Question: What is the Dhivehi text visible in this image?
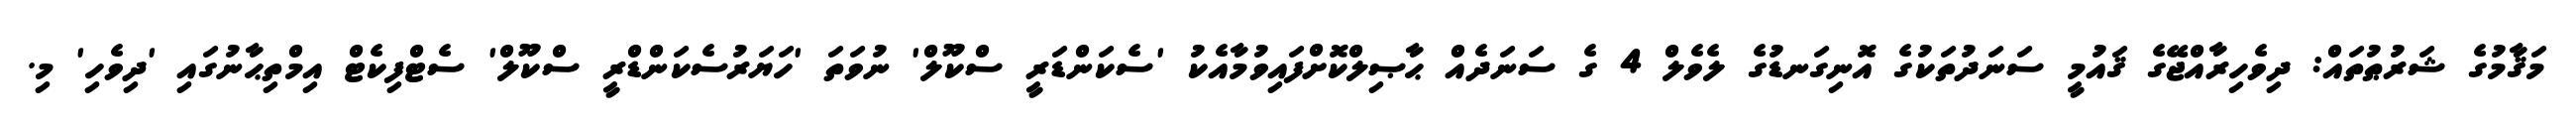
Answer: މަޤާމުގެ ޝަރުޠުތައް: ދިވެހިރާއްޖޭގެ ޤައުމީ ސަނަދުތަކުގެ އޮނިގަނޑުގެ ލެވެލް 4 ގެ ސަނަދެއް ޙާޞިލްކޮށްފައިވުމާއެކު 'ސެކަންޑަރީ ސްކޫލް' ނުވަތަ 'ހަޔަރުސެކަންޑްރީ ސްކޫލް' ސެޓްފިކެޓް އިމްތިޙާނުގައި 'ދިވެހި' މި.